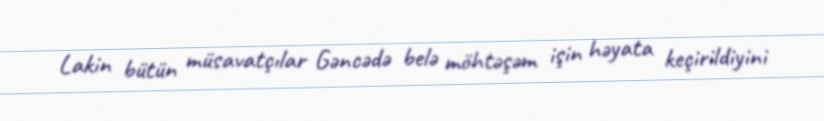
Lakin bütün müsavatçılar Gəncədə belə möhtəşəm işin həyata keçirildiyini